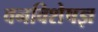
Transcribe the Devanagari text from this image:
वनविशेषज्ञ